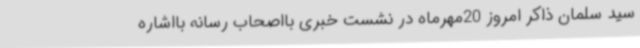
سید سلمان ذاکر امروز 20مهرماه در نشست خبری بااصحاب رسانه بااشاره